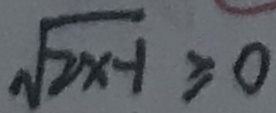
\sqrt { 2 x - 1 } \geq 0